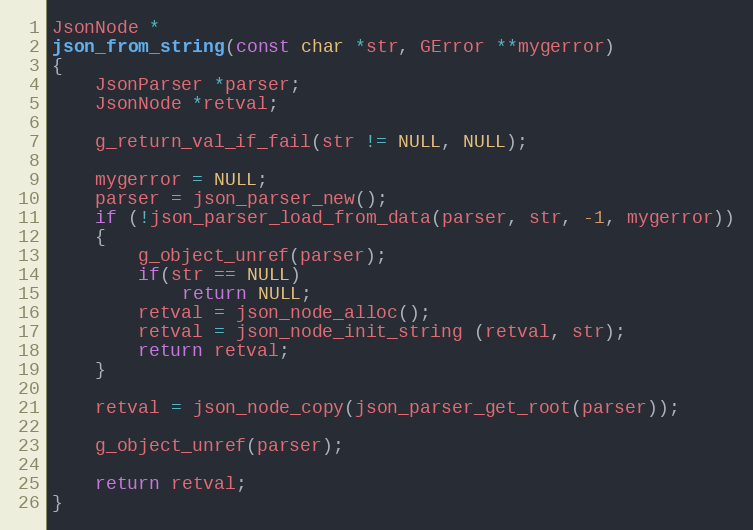
Language: C++
JsonNode *
json_from_string(const char *str, GError **mygerror)
{
	JsonParser *parser;
	JsonNode *retval;

	g_return_val_if_fail(str != NULL, NULL);

	mygerror = NULL;
	parser = json_parser_new();
	if (!json_parser_load_from_data(parser, str, -1, mygerror))
	{
		g_object_unref(parser);
		if(str == NULL)
			return NULL;
		retval = json_node_alloc();
		retval = json_node_init_string (retval, str);
		return retval;
	}

	retval = json_node_copy(json_parser_get_root(parser));

	g_object_unref(parser);

	return retval;
}